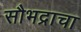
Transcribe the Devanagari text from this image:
सौभद्राचा